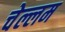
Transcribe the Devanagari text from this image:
चेल्लम